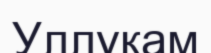
Уллукам